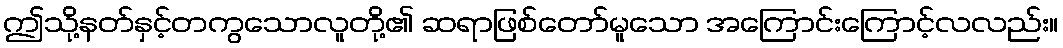
ဤသို့နတ်နှင့်တကွသောလူတို့၏ ဆရာဖြစ်တော်မူသော အကြောင်းကြောင့်လလည်း။